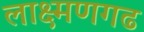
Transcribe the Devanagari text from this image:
लाक्ष्मणगढ